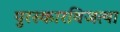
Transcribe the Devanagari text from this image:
पुरस्कारविजत्या